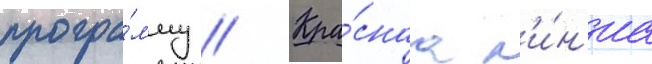
програ́мму // Кра́снаа л'и́н'иа